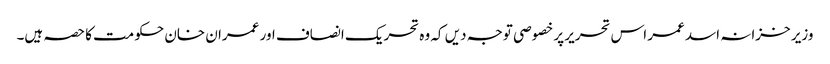
وزیر خزانہ اسد عمر اس تحریر پر خصوصی توجہ دیں کہ وہ تحریک انصاف اور عمران خان حکومت کا حصہ ہیں۔